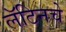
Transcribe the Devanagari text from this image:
लॅटिनचे